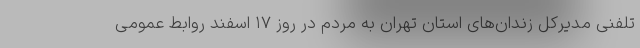
تلفنی مدیرکل زندان‌های استان تهران به مردم در روز ۱۷ اسفند روابط عمومی